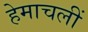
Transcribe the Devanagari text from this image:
हेमाचलीं